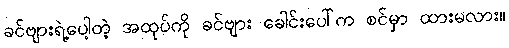
ခင်ဗျားရဲ့ပေါ့တဲ့ အထုပ်ကို ခင်ဗျား ခေါင်းပေါ်က စင်မှာ ထားမလား။